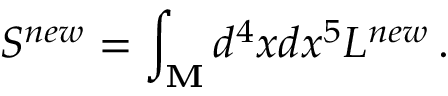
S ^ { n e w } = \int _ { \bf M } d ^ { 4 } x d x ^ { 5 } { \cal L } ^ { n e w } \, .